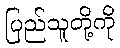
ပြည်သူတို့ကို